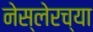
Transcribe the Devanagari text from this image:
नेस्लेरच्या